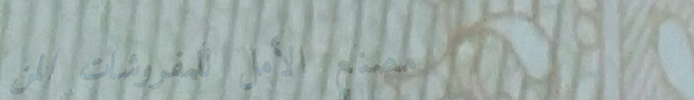
مصنع الأمل للمفروشات المن